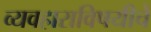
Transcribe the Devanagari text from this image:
व्यवहाराविषयीचे